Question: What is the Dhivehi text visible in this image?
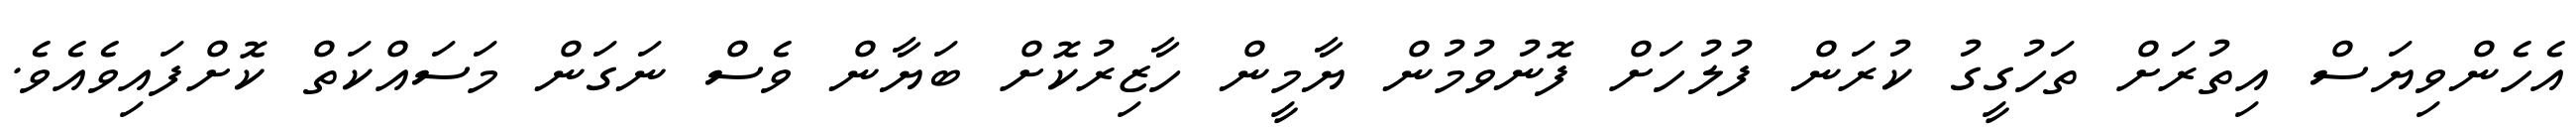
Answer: އެހެންވިޔަސް އިތުރަށް ތަހުގީގު ކުރަން ފުލުހަށް ފޮނުވުމުން ޔާމީން ހާޒިރުކޮށް ބަޔާން ވެސް ނަގަން މަސައްކަތް ކޮށްފައިވެއެވެ.